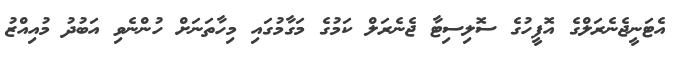
އެޓަނީޖެނެރަލްގެ އޮފީހުގެ ސޮލިސިޓާ ޖެނެރަލް ކަމުގެ މަގާމުގައި މިހާތަނަށް ހުންނެވި އަބުދު މުއިއްޒު